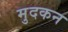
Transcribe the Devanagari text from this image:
मुदकन